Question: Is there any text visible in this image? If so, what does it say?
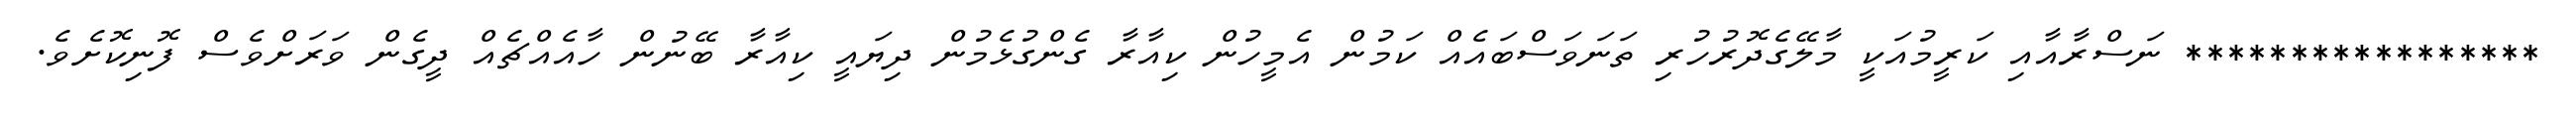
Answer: ***************** ނަސްރާއާއި ކަރީމުއަކީ މާލޭގެދޮރުހުރި ތަނަވަސްބައެއް ކަމުން އެމީހުން ކިއާރާ ގެންގުޅެމުން ދިޔައީ ކިއާރާ ބޭނުން ހާއެއްޗެއް ދީގެން ވަރަށްވެސް ފޮނިކޮށެވެ.